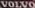
Volvo